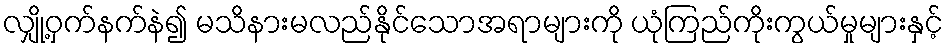
လျှို့ဝှက်နက်နဲ၍ မသိနားမလည်နိုင်သောအရာများကို ယုံကြည်ကိုးကွယ်မှုများနှင့်